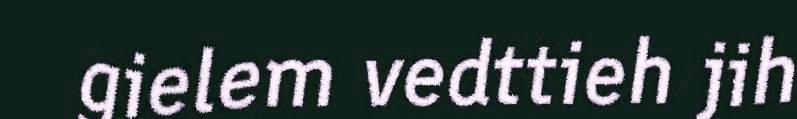
gielem vedttieh jih